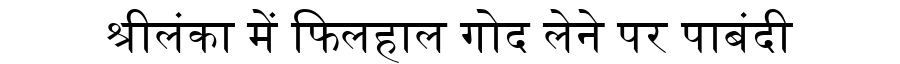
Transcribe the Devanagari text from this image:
श्रीलंका में फिलहाल गोद लेने पर पाबंदी